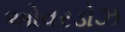
ઓવરડોઝ